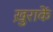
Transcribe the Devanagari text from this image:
ख़ुराकें